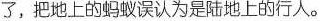
了,把地上的蚂蚁误认为是陆地上的行人.